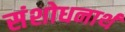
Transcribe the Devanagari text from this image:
संशोधनार्थ